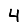
Digit: 4